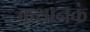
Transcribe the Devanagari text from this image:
कथानकं